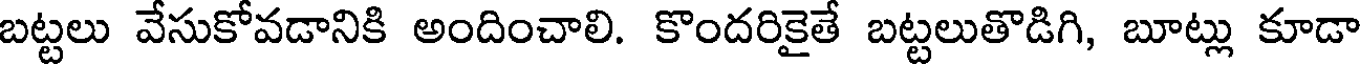
బట్టలు వేసుకోవడానికి అందించాలి. కొందరికైతే బట్టలుతొడిగి, బూట్లు కూడా